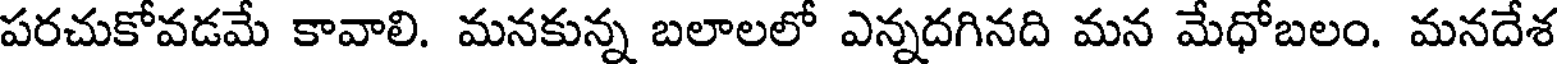
పరచుకోవడమే కావాలి. మనకున్న బలాలలో ఎన్నదగినది మన మేధోబలం. మనదేశ